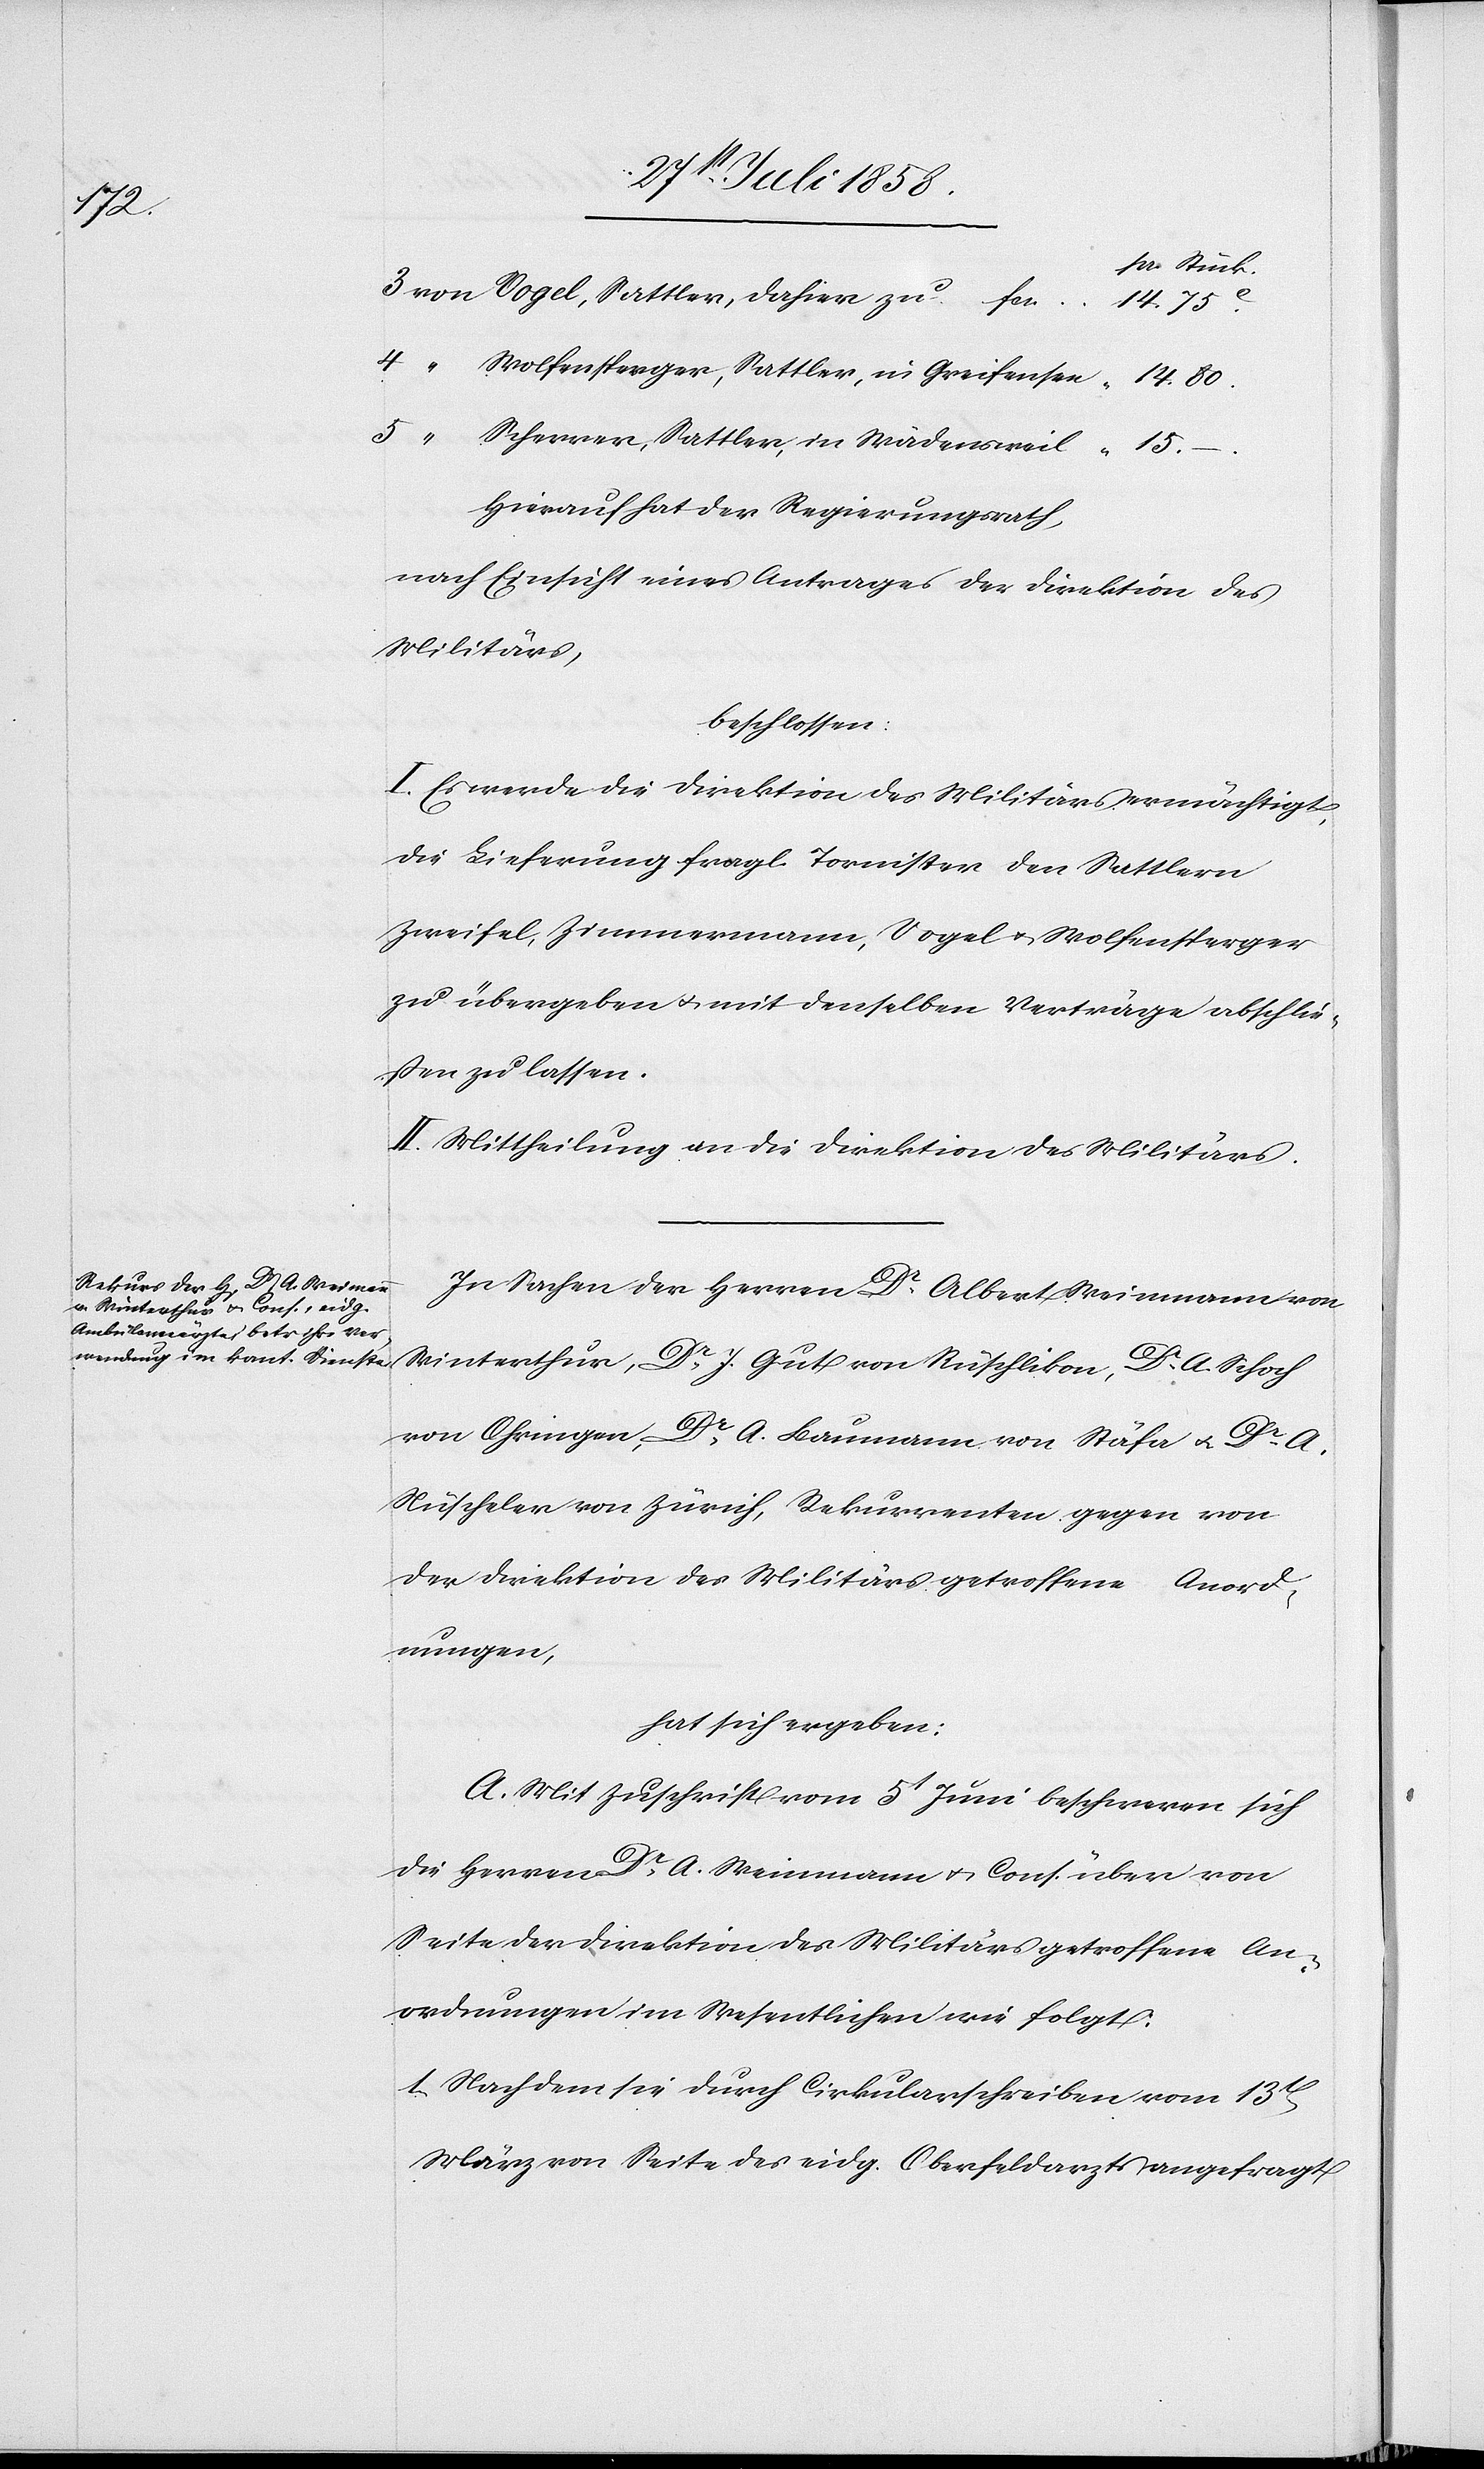
15.

“ Wolfensperger, Sattler, in Greifensee
Scherrer, Sattler, in Wädensweil
–
Hierauf hat der Regierungsrath,
nach Einsicht eines Antrages der Direktion des
Militärs,
beschlossen:
I. Es werde die Direktion des Militärs ermächtigt,
die Lieferung fragl. Tornister den Sattlern
Zweifel, Zimmermann, Vogel & Wolfensperger
zu übergeben & mit denselben Verträge abschlie¬
ßen zu lassen.
II. Mittheilung an die Direktion des Militärs.
In Sachen der Herren Dr. Albert Weinmann
Winterthur, Dr. J. Gut von Rüschlikon, Dr. A. Schoch
von Ohringen, Dr. A. Baumann von Stäfa & Dr. A.
Nüscheler von Zürich, Rekurrenten gegen von
der Direktion des Militärs getroffene Anord¬
nungen,
hat sich ergeben:
A. Mit Zuschrift vom 5t Juni beschweren sich
die Herren Dr. A. Weinmann & Cons. über von
Seite der Direktion des Militärs getroffene An¬
ordnungen im Wesentlichen wie folgt:
1) Nachdem sie durch Cirkularschreiben vom 13t
März von Seite des eidg. Oberfeldarzts angefragt